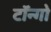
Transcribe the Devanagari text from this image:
टॉन्गो